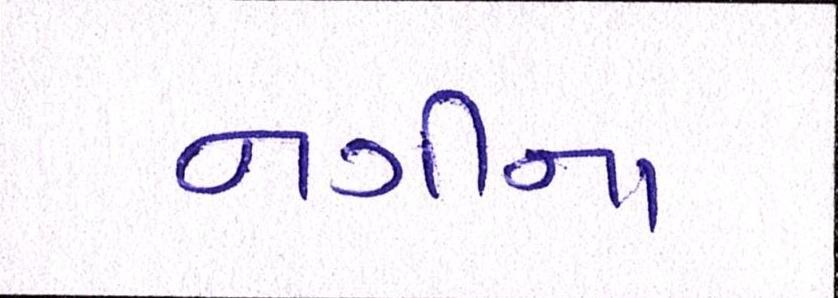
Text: નગીના